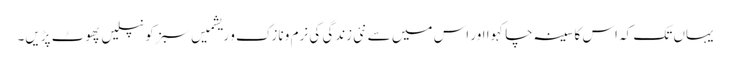
یہاں تک کہ اس کا سینہ چاکہوا اور اس میں سے نئی زندگی کی نرم و نازک و ریشمیں سبز کونپلیں پھوٹ پڑیں۔